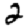
Digit: 2